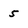
Character: 5